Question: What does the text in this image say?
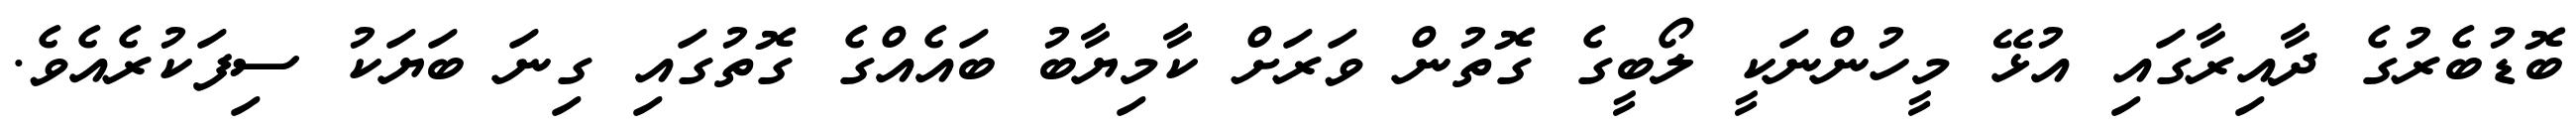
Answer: ބޮޑުބެރުގެ ދާއިރާގައި އުޅޭ މީހުންނަކީ ލޯބީގެ ގޮތުން ވަރަށް ކާމިޔާބު ބައެއްގެ ގޮތުގައި ގިނަ ބަޔަކު ސިފަކުރެއެވެ.